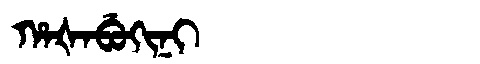
Manchu: ᡥᠠᡧᠠᠪᡠᡴᡳᠨᡳ
Romanization: HAŠABUKINI